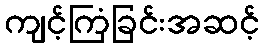
ကျင့်ကြံခြင်းအဆင့်